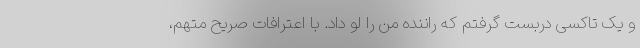
و یک تاکسی دربست گرفتم که راننده من را لو داد. با اعترافات صریح متهم،